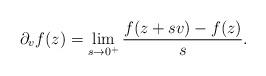
LaTeX: \begin{align*} \partial_{v}f(z) = \lim_{s\rightarrow 0^+}\frac{f(z+sv)- f(z)}{s}. \end{align*}